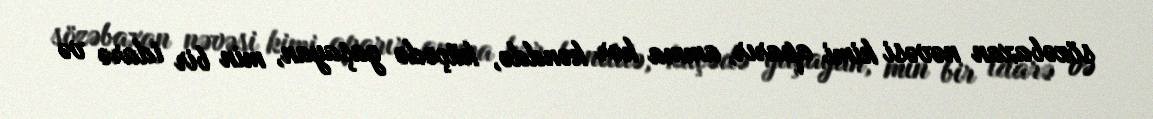
sözəbaxan nəvəsi kimi aparır, amma hər kənddə, küçədə yaşayan, min bir idarə və